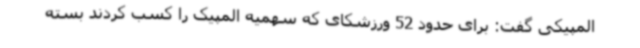
المپیکی گفت: برای حدود 52 ورزشکای که سهمیه المپیک را کسب کردند بسته